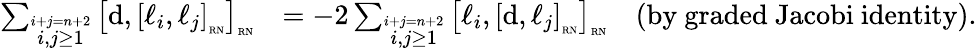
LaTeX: \begin{array}{rl}{\sum_{\overset{i+j=n+2}{i,j\geq 1}}\left[\mathrm{d},\left[\ell_{i},\ell_{j}\right]_{\mathrm{\tiny{RN}}}\right]_{\mathrm{\tiny{RN}}}}&{=-2\sum_{\overset{i+j=n+2}{i,j\geq 1}}\left[\ell_{i},\left[\mathrm{d},\ell_{j}\right]_{\mathrm{\tiny{RN}}}\right]_{\mathrm{\tiny{RN}}}\quad\mathrm{(by~graded~Jacobi~identity)}.}\end{array}